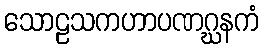
သောဠသကဟာပဏဂ္ဃနကံ